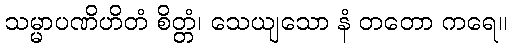
သမ္မာပဏိဟိတံ စိတ္တံ၊ သေယျသော နံ တတော ကရေ။